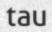
tau